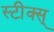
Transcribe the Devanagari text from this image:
स्टीक्स्